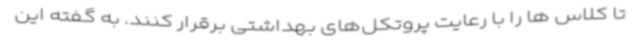
تا کلاس ها را با رعایت پروتکل‌های بهداشتی برقرار کنند. به گفته این